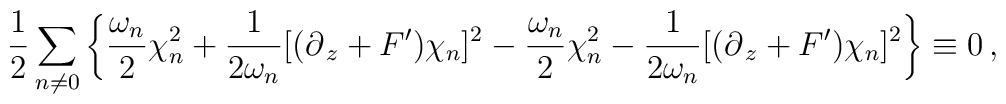
\frac{1}{2}\sum_{n \neq 0} \left\{\frac{\omega_n}{2}\chi_n^2 +\frac{1}{2\omega_n} [(\partial_{\,z} +F^\prime)\chi_n]^2-\frac{\omega_n}{2}\chi_n^2 - \frac{1}{2\omega_n} [(\partial_{\,z}+F^\prime)\chi_n]^2\right\}\equiv 0\, ,